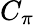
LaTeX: C_{\pi}